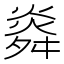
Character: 㷠